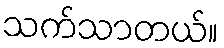
သက်သာတယ်။